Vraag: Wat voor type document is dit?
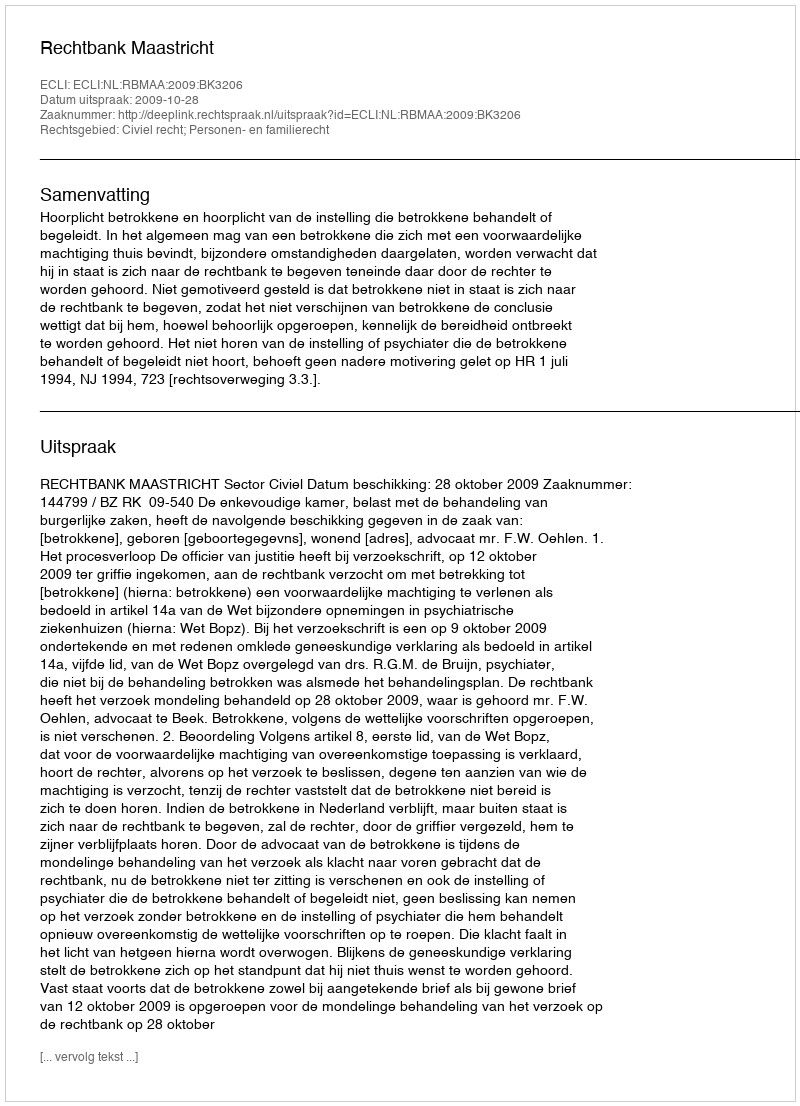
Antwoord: Uitspraak